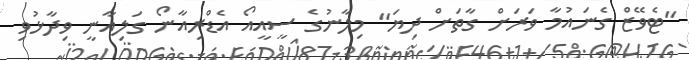
"ޓެވޭޒް ގެނައުމާ ވަރަށް ގާތަށް ދިޔަ" މިލާނުގެ ސީއީއޯ އެޑްރިއާނޯ ގަލިއާނީ ވިދާޅުވި